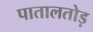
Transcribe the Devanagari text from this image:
पातालतोड़